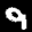
Label: 9